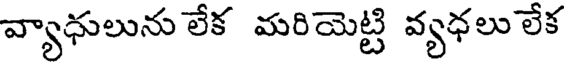
వ్యాధులును లేక మరియెట్టి వ్యధలు లేక